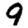
Digit: 9